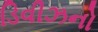
ડિવીઝનો